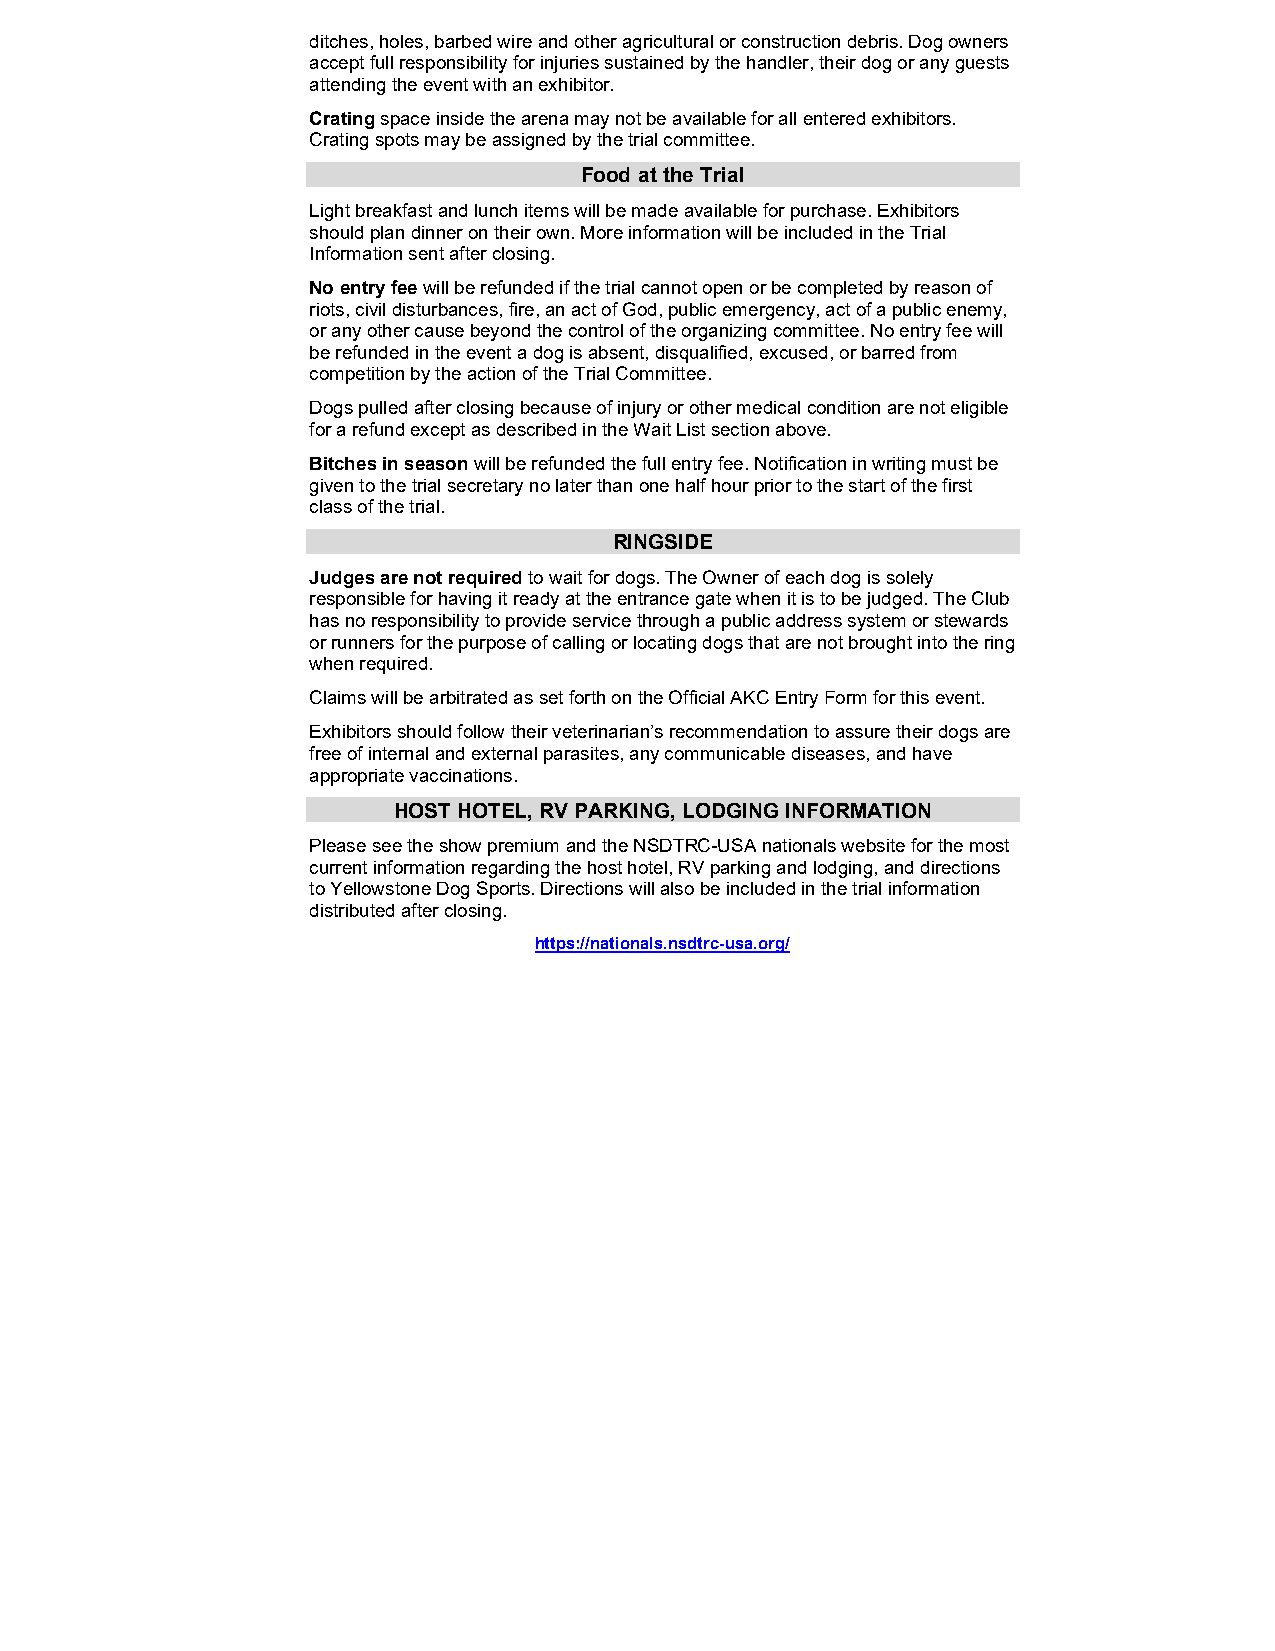
ditches, holes, barbed wire and other agricultural or construction debris. Dog owners
 accept full responsibility for injuries sustained by the handler, their dog or any guests
 attending the event with an exhibitor.
 Crating space inside the arena may not be available for all entered exhibitors.
 Crating spots may be assigned by the trial committee.
 Food at the Trial
 Light breakfast and lunch items will be made available for purchase. Exhibitors
 should plan dinner on their own. More information will be included in the Trial
 Information sent after closing.
 No entry fee will be refunded if the trial cannot open or be completed by reason of
 riots, civil disturbances, fire, an act of God, public emergency, act of a public enemy,
 or any other cause beyond the control of the organizing committee. No entry fee will
 be refunded in the event a dog is absent, disqualified, excused, or barred from
 competition by the action of the Trial Committee.
 Dogs pulled after closing because of injury or other medical condition are not eligible
 for a refund except as described in the Wait List section above.
 Bitches in season will be refunded the full entry fee. Notification in writing must be
 given to the trial secretary no later than one half hour prior to the start of the first
 class of the trial.
 RINGSIDE
 Judges are not required to wait for dogs. The Owner of each dog is solely
 responsible for having it ready at the entrance gate when it is to be judged. The Club
 has no responsibility to provide service through a public address system or stewards
 or runners for the purpose of calling or locating dogs that are not brought into the ring
 when required.
 Claims will be arbitrated as set forth on the Official AKC Entry Form for this event.
 Exhibitors should follow their veterinarian’s recommendation to assure their dogs are
 free of internal and external parasites, any communicable diseases, and have
 appropriate vaccinations.
 HOST HOTEL, RV PARKING, LODGING INFORMATION
 Please see the show premium and the NSDTRC-USA nationals website for the most
 current information regarding the host hotel, RV parking and lodging, and directions
 to Yellowstone Dog Sports. Directions will also be included in the trial information
 distributed after closing.
 https://nationals.nsdtrc-usa.org/